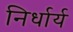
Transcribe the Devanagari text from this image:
निर्धार्य